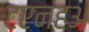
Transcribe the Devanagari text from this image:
टएनहअ